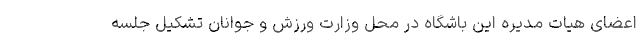
اعضای هیات مدیره این باشگاه در محل وزارت ورزش و جوانان تشکیل جلسه